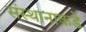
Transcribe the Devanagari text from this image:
संस्थानाकडे